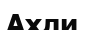
Ахли